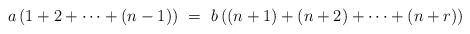
LaTeX: \begin{align*} a\left(1+2+\cdots+(n-1)\right)\ = \ b\left((n+1)+(n+2)+\cdots+(n+r)\right)\end{align*}